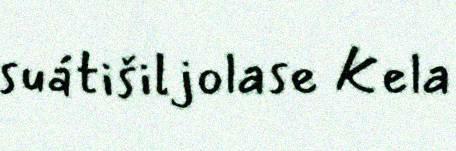
suátišiljolase Kela